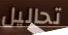
تحاليل